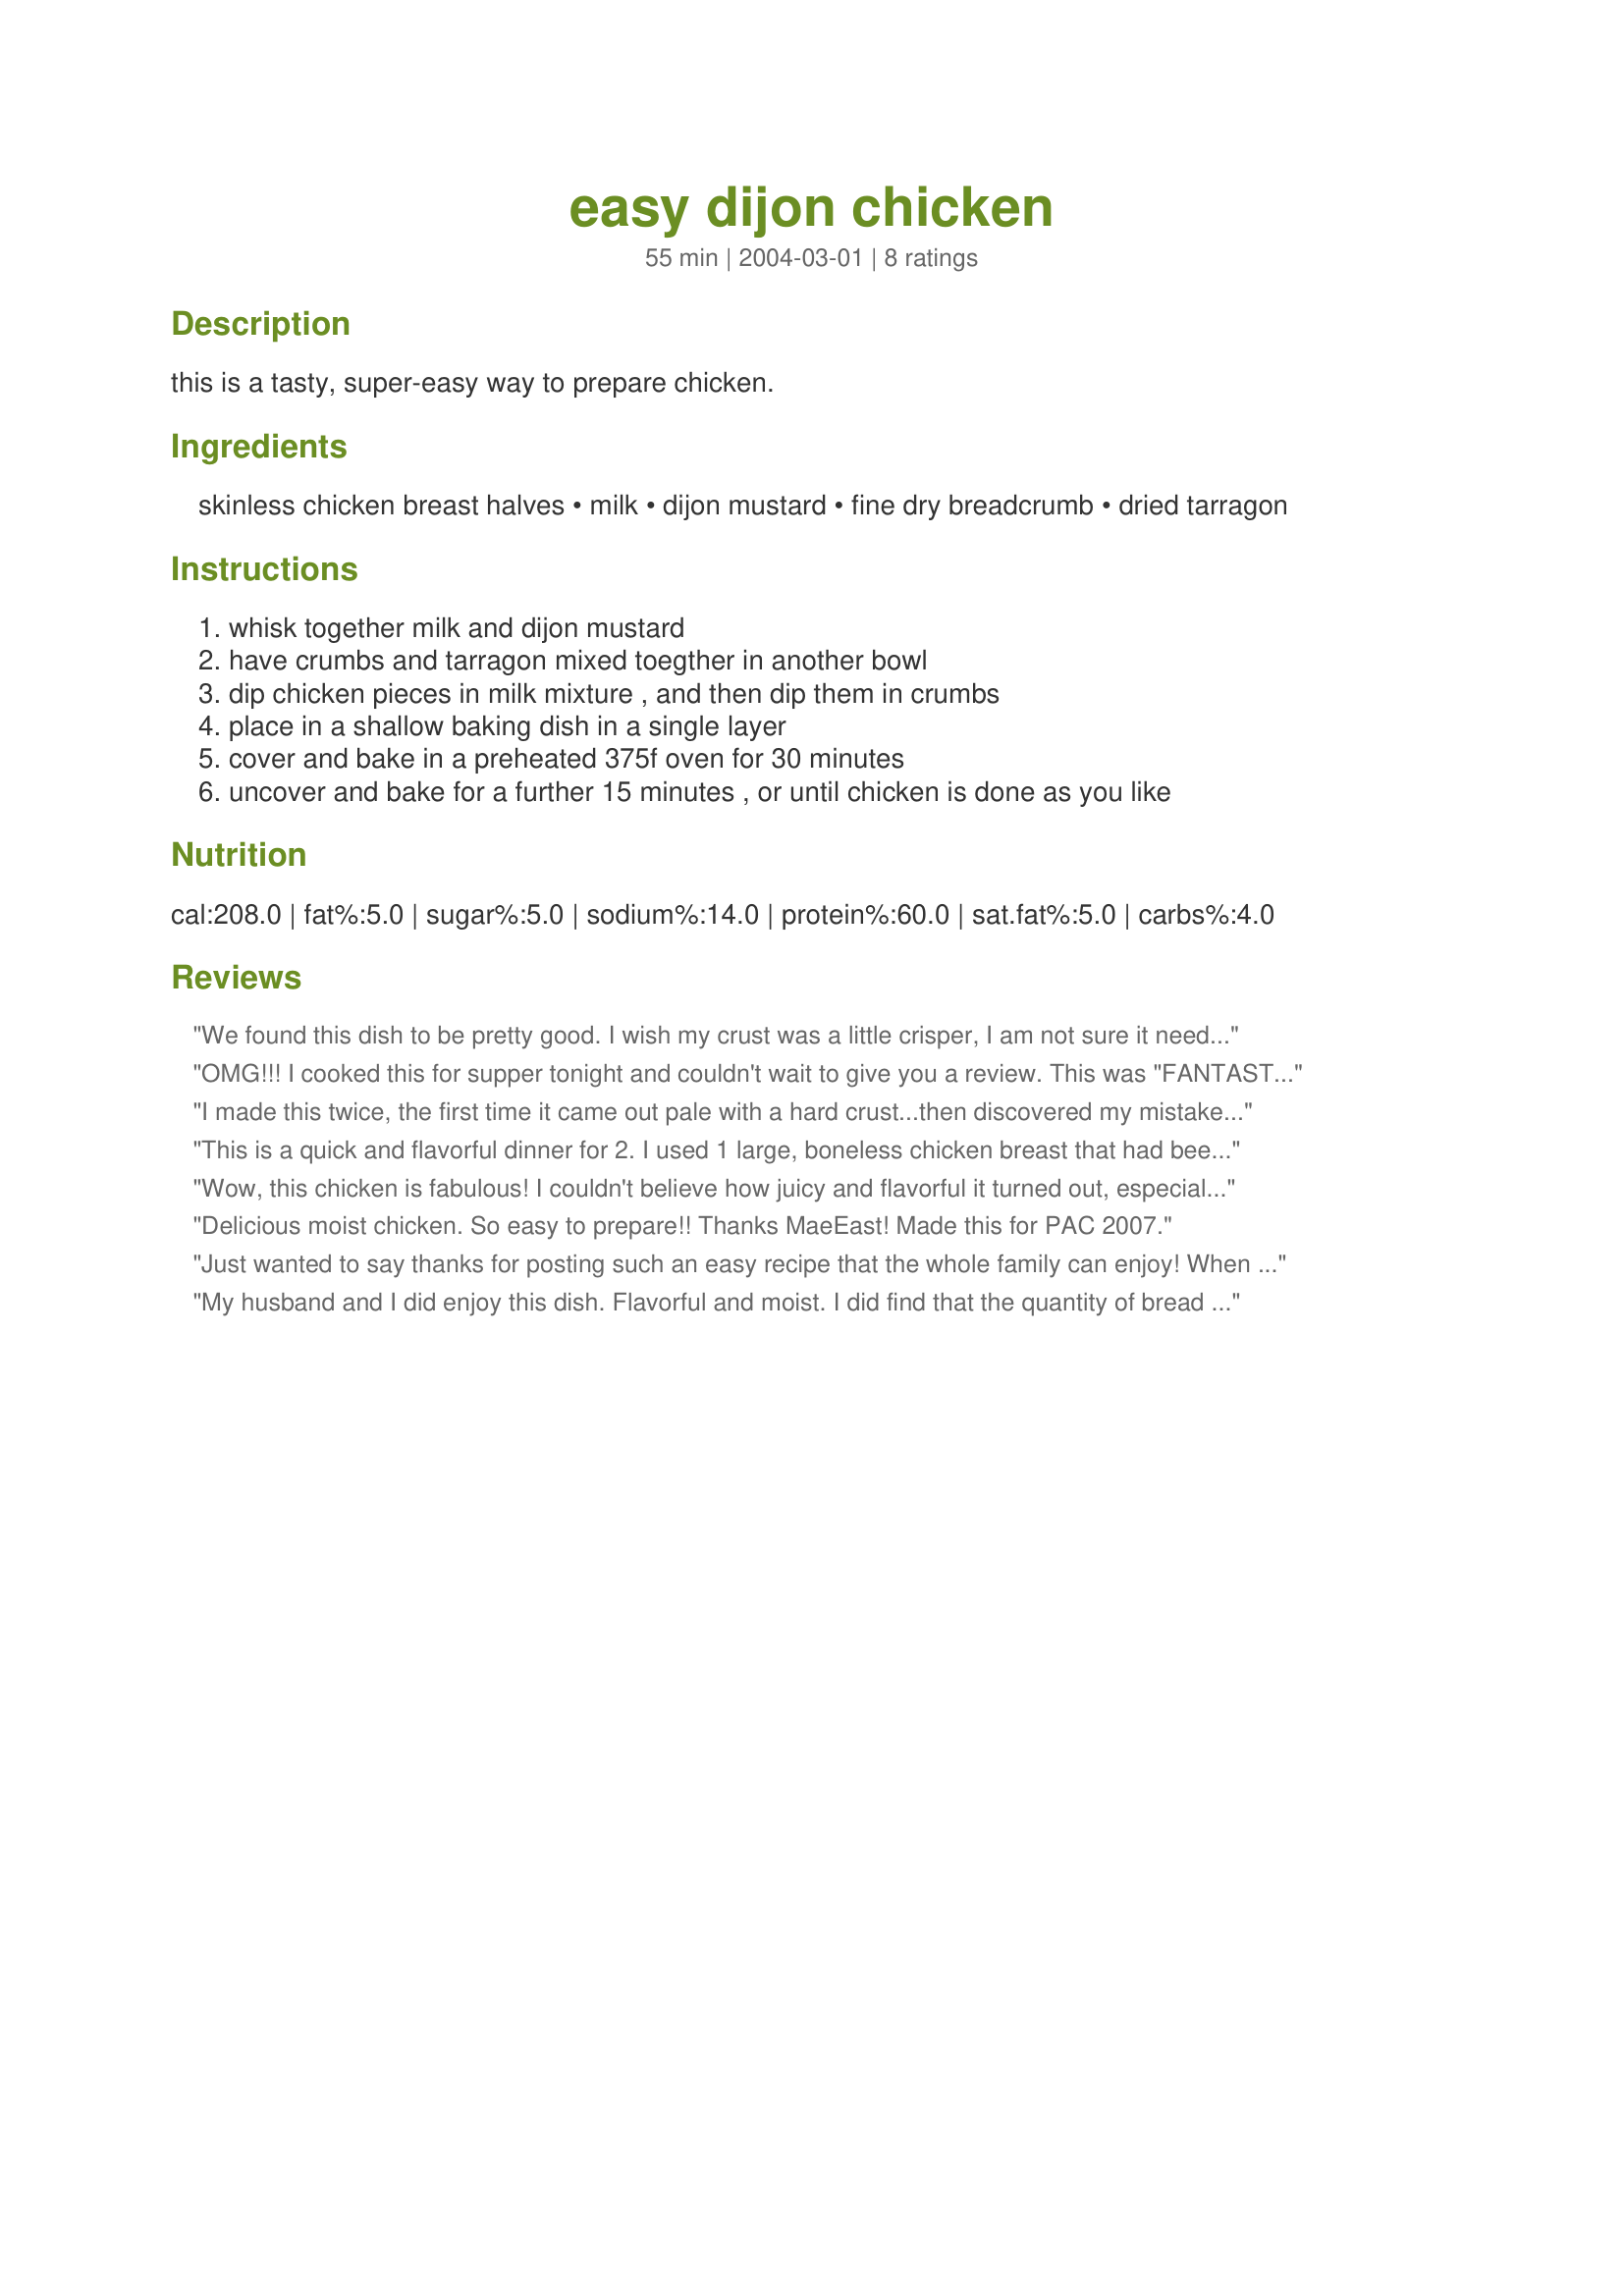
easy dijon chicken
Preparation time: 55 minutes

this is a tasty, super-easy way to prepare chicken.

Ingredients:
skinless chicken breast halves, milk, dijon mustard, fine dry breadcrumb, dried tarragon

Steps:
whisk together milk and dijon mustard, have crumbs and tarragon mixed toegther in another bowl, dip chicken pieces in milk mixture , and then dip them in crumbs, place in a shallow baking dish in a single layer, cover and bake in a preheated 375f oven for 30 minutes, uncover and bake for a further 15 minutes , or until chicken is done as you like

Reviews:
We found this dish to be pretty good. I wish my crust was a little crisper, I am not sure it needed to be covered at all during cooking. I too had to use more breadcrumbs than stated in the recipe. Overally very juicy and the mustard made it very flavorful.
OMG!!! I cooked this for supper tonight and couldn't wait to give you a review. This was "FANTASTIC." I have never used Dijon mustard before and this was the perfect recipe for it. The taste was great and the chicken was extremely moist and tender. My hubby said this is a keeper and believe me that is a heck of a recomendation on it's own!! Thank you so very much for sharing. Also it is a recipe I can use on our diet which is great.
I made this twice, the first time it came out pale with a hard crust...then discovered my mistake, it clearly says fine dry breadcrumbs in the recipe and I used the coarse breadcrums. The second time it came out much better but still not as brown/colored as I would have liked. It was juicy and the mustard gave it a nice tang.
This is a quick and flavorful dinner for 2. I used 1 large, boneless chicken breast that had been cut in half and flattened. The mustard was honey dijon mustard and I needed additional bread crumbs to completely coat the chicken. All in all, a delcious an easy weeknight meal.
Wow, this chicken is fabulous! I couldn't believe how juicy and flavorful it turned out, especially considering how easy it was to make. I had to use soy milk in place of the milk, and at the last minute I realized I was out of tarragon so I used parsley and oregano instead. I also doubled the recipe, and my parents raved about it. I'll be making this one again VERY soon!
Delicious moist chicken. So easy to prepare!! Thanks MaeEast! Made this for PAC 2007.
Just wanted to say thanks for posting such an easy recipe that the whole family can enjoy! When you have small children, it is often difficult to add new flavours to a meal without complaint. Not only was this a little different but the kids also really enjoyed it. I will be doing this one time and again. Thanks!!
My husband and I did enjoy this dish. Flavorful and moist. I did find that the quantity of bread crumbs was not enough for my chicken breasts (though I don't think they were larger than the usual) and will next time double the quantity. Thanks for posting !
